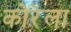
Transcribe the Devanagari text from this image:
कोरेला